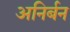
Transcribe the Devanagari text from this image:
अनिर्बन